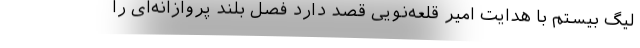
لیگ بیستم با هدایت امیر قلعه‌نویی قصد دارد فصل بلند پروازانه‌ای را